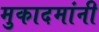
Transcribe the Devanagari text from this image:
मुकादमांनी